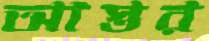
আস্তর